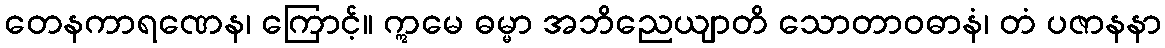
တေနကာရဏေန၊ ကြောင့်။ ဣမေ ဓမ္မာ အဘိညေယျာတိ သောတာဝဓာနံ၊ တံ ပဇာနနာ